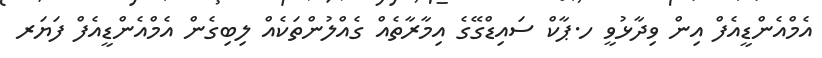
އެމްއެންޑީއެފް އިން ވިދާޅުވީ ހ.ޕާކް ސައިޑްގޭގެ އިމާރާތެއް ގެއްލުންތަކެއް ލިބިގެން އެމްއެންޑީއެފް ފަޔަރ